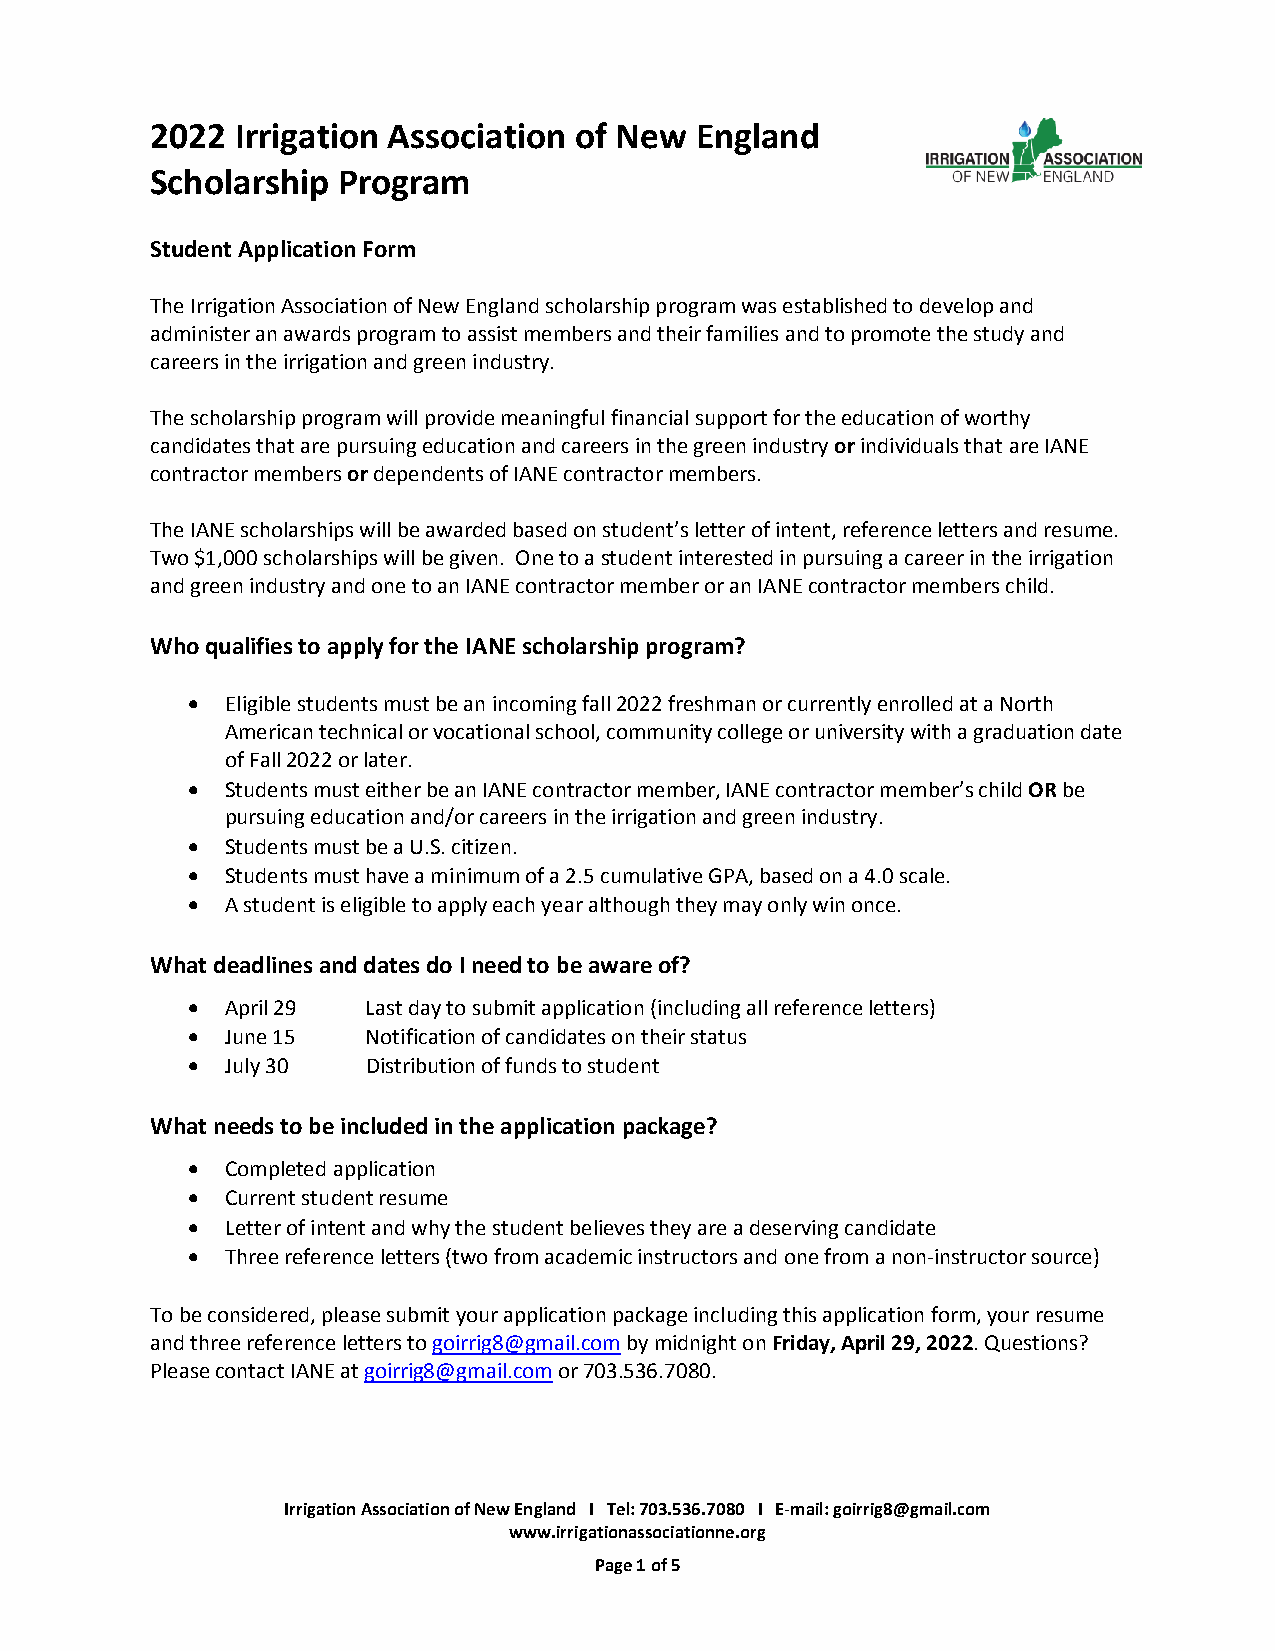
2022  Irrigation Association of New England
 Scholarship Program
 Student Application Form
 The Irrigation Association of New England scholarship program was established to develop and
 administer an awards program to assist members and their families and to promote the study and
 careers in the irrigation and green industry.
 The scholarship program will provide meaningful financial support for the education of worthy
 candidates that are pursuing education and careers in the green industry or individuals that are IANE
 contractor members or dependents of IANE contractor members.
 The IANE scholarships will be awarded based on student’s letter of intent, reference letters and resume.
 Two $1,000 scholarships will be given. One to a student interested in pursuing a career in the irrigation
 and green industry and one to an IANE contractor member or an IANE contractor members child.
 Who qualifies to apply for the IANE scholarship program?
   Eligible students must be an incoming fall 2022 freshman or currently enrolled at a North
 American technical or vocational school, community college or university with a graduation date
 of Fall 2022 or later.
   Students must either be an IANE contractor member, IANE contractor member’s child OR be
 pursuing education and/or careers in the irrigation and green industry.
   Students must be a U.S. citizen.
   Students must have a minimum of a 2.5 cumulative GPA, based on a 4.0 scale.
   A student is eligible to apply each year although they may only win once.
 What deadlines and dates do I need to be aware of?
   April 29 Last day to submit application (including all reference letters)
   June 15  Notification of candidates on their status
   July 30  Distribution of funds to student
 What needs to be included in the application package?
   Completed application
   Current student resume
   Letter of intent and why the student believes they are a deserving candidate
   Three reference letters (two from academic instructors and one from a non-instructor source)
 To be considered, please submit your application package including this application form, your resume
 and three reference letters to goirrig8@gmail.com by midnight on Friday, April 29, 2022. Questions?
 Please contact IANE at goirrig8@gmail.com or 703.536.7080.
 Irrigation Association of New England I Tel: 703.536.7080 I E-mail: goirrig8@gmail.com
 www.irrigationassociationne.org
 Page 1 of 5